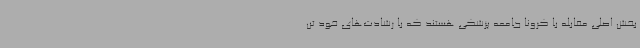
بخش اصلی مقابله با کرونا جامعه پزشکی هستند که با رشادت‌های خود تن